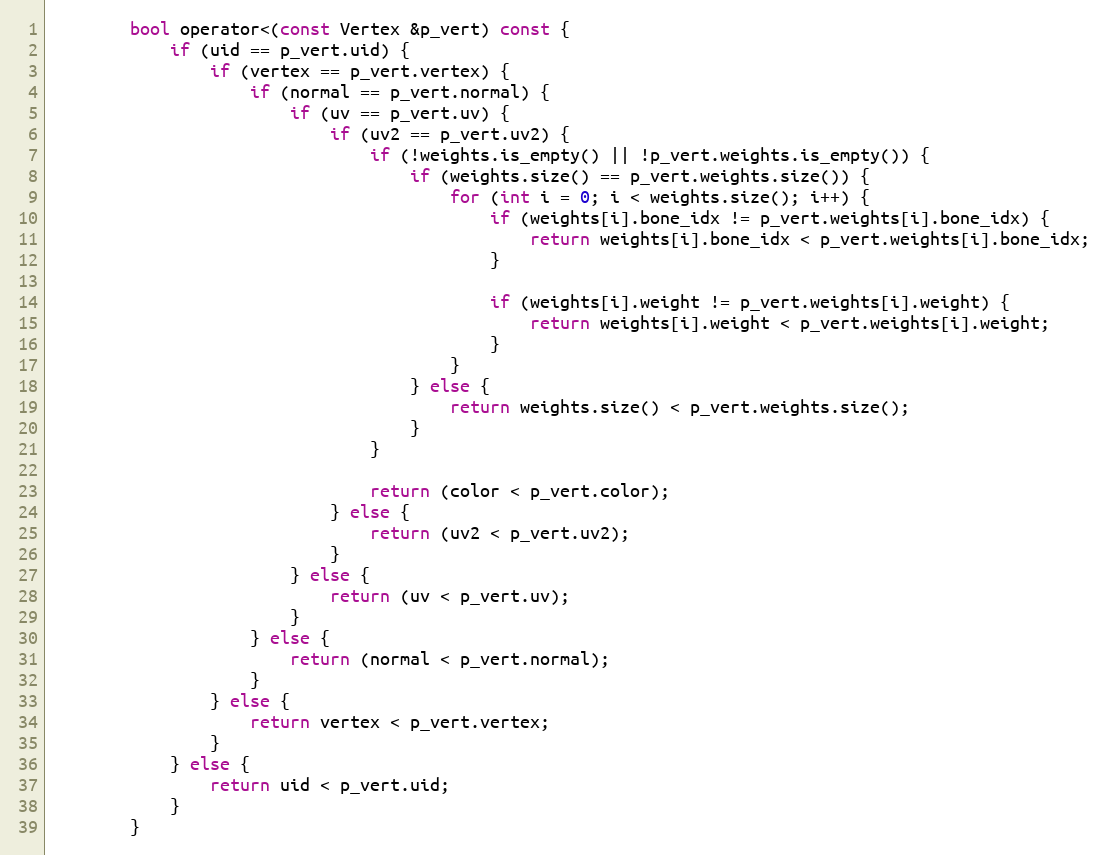
Language: C
		bool operator<(const Vertex &p_vert) const {
			if (uid == p_vert.uid) {
				if (vertex == p_vert.vertex) {
					if (normal == p_vert.normal) {
						if (uv == p_vert.uv) {
							if (uv2 == p_vert.uv2) {
								if (!weights.is_empty() || !p_vert.weights.is_empty()) {
									if (weights.size() == p_vert.weights.size()) {
										for (int i = 0; i < weights.size(); i++) {
											if (weights[i].bone_idx != p_vert.weights[i].bone_idx) {
												return weights[i].bone_idx < p_vert.weights[i].bone_idx;
											}

											if (weights[i].weight != p_vert.weights[i].weight) {
												return weights[i].weight < p_vert.weights[i].weight;
											}
										}
									} else {
										return weights.size() < p_vert.weights.size();
									}
								}

								return (color < p_vert.color);
							} else {
								return (uv2 < p_vert.uv2);
							}
						} else {
							return (uv < p_vert.uv);
						}
					} else {
						return (normal < p_vert.normal);
					}
				} else {
					return vertex < p_vert.vertex;
				}
			} else {
				return uid < p_vert.uid;
			}
		}